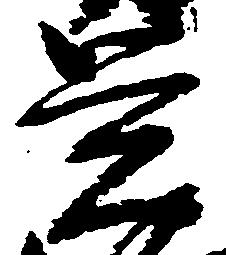
覚